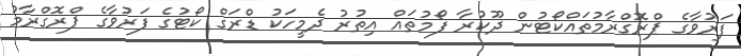
ފަރުވާގެ ޕްރޮގްރާމުތައްކޯޓުން ދޫކުރާ ފޯމުތައް އިތުރު ދެމީހަކު ޑްރަގް ކޯޓުގެ ފަރުވާގެ ޕްރޮގްރާމު